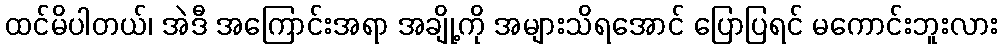
ထင်မိပါတယ်၊ အဲဒီ အကြောင်းအရာ အချို့ကို အများသိရအောင် ပြောပြရင် မကောင်းဘူးလား